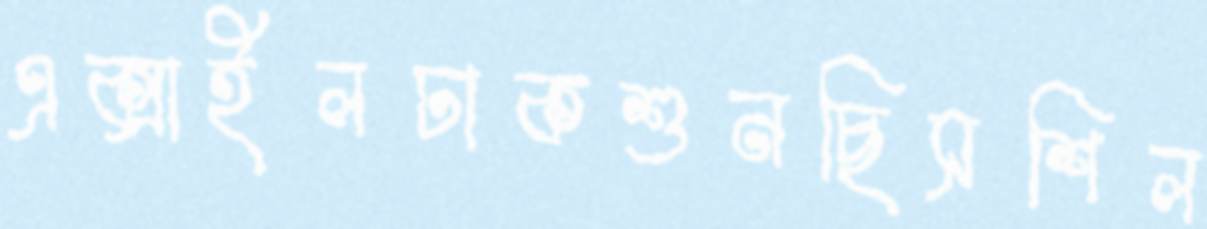
এক্সাইলঢাকশুনছিসশিল